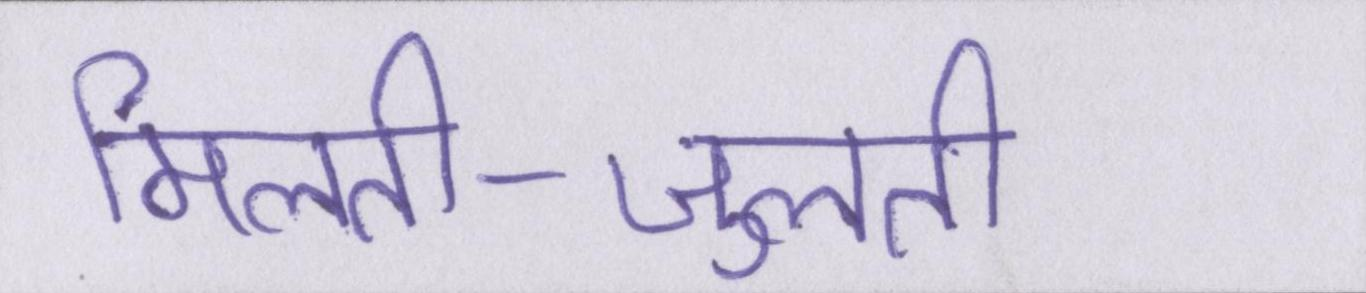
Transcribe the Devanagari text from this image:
मिलती-जुलती